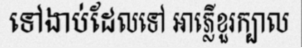
ទៅងាប់ដែលទៅ អាភ្លើខួរក្បាល